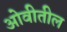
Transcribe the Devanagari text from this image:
ओवीतील